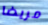
مريضا